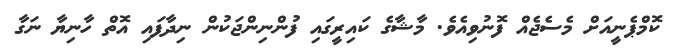
ކޮމްޕެނީއަށް މެސެޖެއް ފޮނުވިއެވެ. މާޝާގެ ކައިރީގައި ފުންނިންޖަކުން ނިދާފައި އޮތް ހާނިޔާ ނަގާ